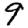
Digit: 9